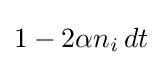
1-2\alpha n_{i}\,dt